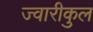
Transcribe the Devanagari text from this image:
ज्वारीकुल